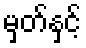
မှတ်နှင့်